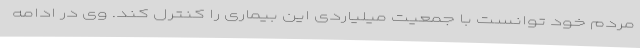
مردم خود توانست با جمعیت میلیاردی این بیماری را کنترل کند. وی در ادامه